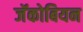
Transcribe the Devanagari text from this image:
जॅकोबियन